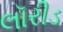
લૉરીડ